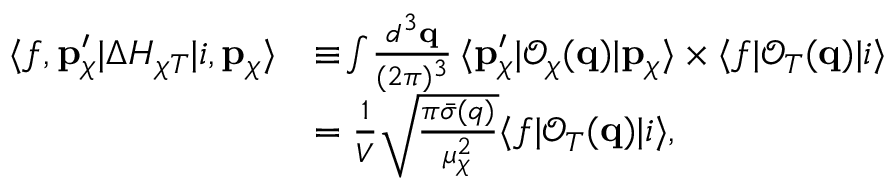
\begin{array} { r l } { \langle f , \mathbf { p } _ { \chi } ^ { \prime } | \Delta H _ { \chi T } | i , \mathbf { p } _ { \chi } \rangle } & { \equiv \! \int \! \frac { d ^ { 3 } \mathbf { q } } { ( 2 \pi ) ^ { 3 } } \, \langle \mathbf { p } _ { \chi } ^ { \prime } | \mathcal { O } _ { \chi } ( \mathbf { q } ) | \mathbf { p } _ { \chi } \rangle \times \langle f | \mathcal { O } _ { T } ( \mathbf { q } ) | i \rangle } \\ & { = \frac { 1 } { V } \sqrt { \frac { \pi \bar { \sigma } ( q ) } { \mu _ { \chi } ^ { 2 } } } \langle f | \mathcal { O } _ { T } ( \mathbf { q } ) | i \rangle , } \end{array}